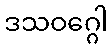
ဒသဝဂ္ဂေါ